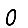
Digit: 0